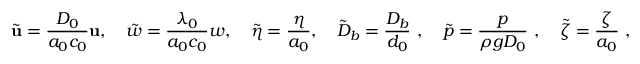
\tilde { \mathbf { u } } = \frac { D _ { 0 } } { a _ { 0 } c _ { 0 } } \mathbf { u } , \quad \tilde { w } = \frac { \lambda _ { 0 } } { a _ { 0 } c _ { 0 } } w , \quad \tilde { \eta } = \frac { \eta } { a _ { 0 } } , \quad \tilde { D } _ { b } = \frac { D _ { b } } { d _ { 0 } } \ , \quad \tilde { p } = \frac { p } { \rho g D _ { 0 } } \ , \quad \tilde { \zeta } = \frac { \zeta } { a _ { 0 } } \ ,